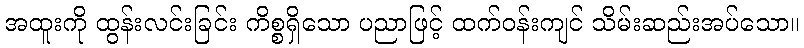
အထူးကို ထွန်းလင်းခြင်း ကိစ္စရှိသော ပညာဖြင့် ထက်ဝန်းကျင် သိမ်းဆည်းအပ်သော။